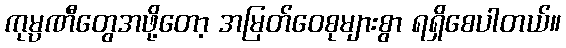
ကုမ္ပဏီတွေအဖို့တော့ အမြတ်ဝေစုများစွာ ရရှိစေပါတယ်။